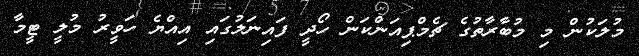
މުލަކުން މި މުބާރާތުގެ ޗެމްޕިއަންކަން ހޯދީ ފައިނަލުގައި އިއްޔެ ހަވީރު މުލީ ޓީމާ